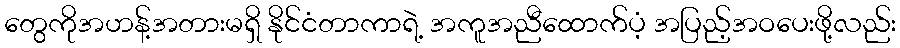
တွေကိုအဟန့်အတားမရှိ နိုင်ငံတာကာရဲ့ အကူအညီထောက်ပံ့ အပြည့်အဝပေးဖို့လည်း